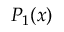
P _ { 1 } ( x )